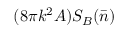
( 8 \pi k ^ { 2 } A ) S _ { B } ( \bar { n } )